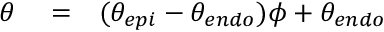
\begin{array} { r l r } { \theta } & { { } = } & { ( \theta _ { e p i } - \theta _ { e n d o } ) \phi + \theta _ { e n d o } } \end{array}